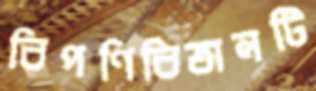
বিপণিবিতানটি